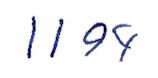
Text: 1194
Cross-out: clean
Writing tool: ballpoint